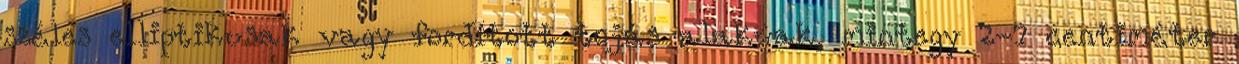
széles elliptikusak vagy fordított tojás alakúak, mintegy 2-7 centiméter